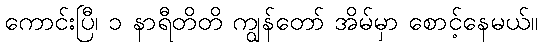
ကောင်းပြီ၊ ၁ နာရီတိတိ ကျွန်တော် အိမ်မှာ စောင့်နေမယ်။